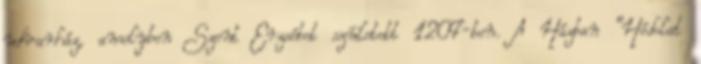
udvarház, amelyben Szent Erzsébet született 1207-ben. A Házban "Hódolat